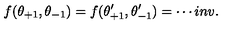
f ( \theta _ { + 1 } , \theta _ { - 1 } ) = f ( \theta _ { + 1 } ^ { \prime } , \theta _ { - 1 } ^ { \prime } ) = \cdots i n v .